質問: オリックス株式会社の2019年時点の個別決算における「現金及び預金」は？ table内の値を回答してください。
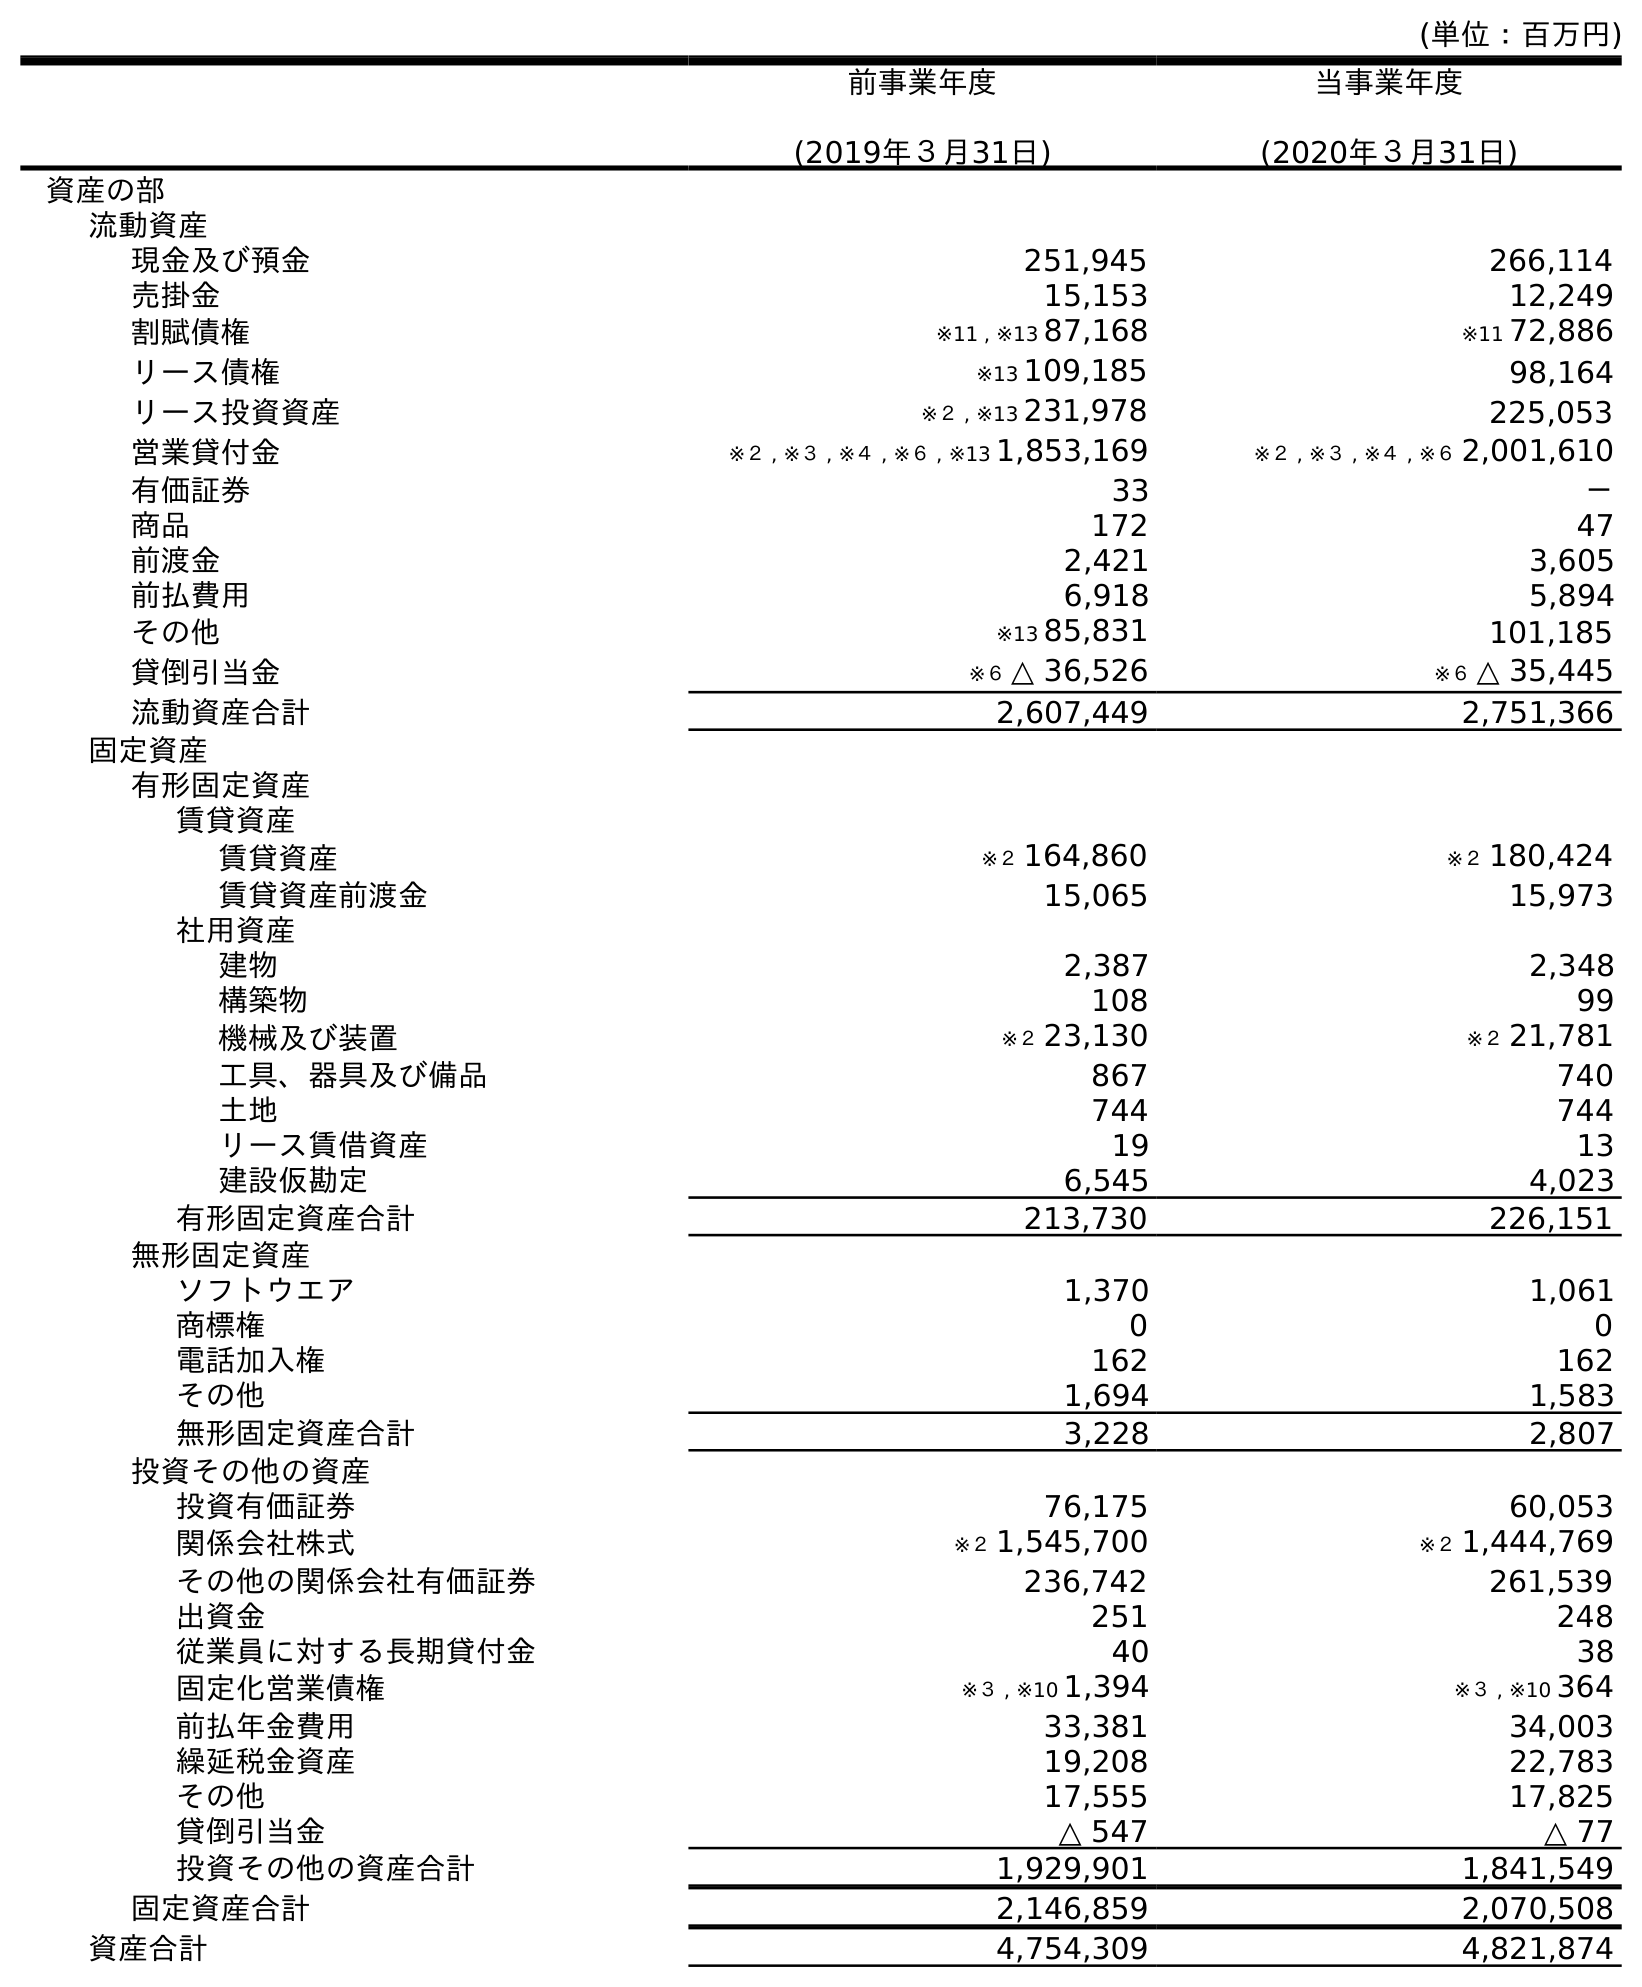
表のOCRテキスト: (単位：百万円) 前事業年度 (2019年３月31日) 当事業年度 (2020年３月31日) 資産の部 流動資産 現金及び預金 251,945 266,114 売掛金 15,153 12,249 割賦債権 ※11 , ※13 87,168 ※11 72,886 リース債権 ※13 109,185 98,164 リース投資資産 ※２ , ※13 231,978 225,053 営業貸付金 ※２ , ※３ , ※４ , ※６ , ※13 1,853,169 ※２ , ※３ , ※４ , ※６ 2,001,610 有価証券 33 － 商品 172 47 前渡金 2,421 3,605 前払費用 6,918 5,894 その他 ※13 85,831 101,185 貸倒引当金 ※６ △ 36,526 ※６ △ 35,445 流動資産合計 2,607,449 2,751,366 固定資産 有形固定資産 賃貸資産 賃貸資産 ※２ 164,860 ※２ 180,424 賃貸資産前渡金 15,065 15,973 社用資産 建物 2,387 2,348 構築物 108 99 機械及び装置 ※２ 23,130 ※２ 21,781 工具、器具及び備品 867 740 土地 744 744 リース賃借資産 19 13 建設仮勘定 6,545 4,023 有形固定資産合計 213,730 226,151 無形固定資産 ソフトウエア 1,370 1,061 商標権 0 0 電話加入権 162 162 その他 1,694 1,583 無形固定資産合計 3,228 2,807 投資その他の資産 投資有価証券 76,175 60,053 関係会社株式 ※２ 1,545,700 ※２ 1,444,769 その他の関係会社有価証券 236,742 261,539 出資金 251 248 従業員に対する長期貸付金 40 38 固定化営業債権 ※３ , ※10 1,394 ※３ , ※10 364 前払年金費用 33,381 34,003 繰延税金資産 19,208 22,783 その他 17,555 17,825 貸倒引当金 △ 547 △ 77 投資その他の資産合計 1,929,901 1,841,549 固定資産合計 2,146,859 2,070,508 資産合計 4,754,309 4,821,874
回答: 251,945